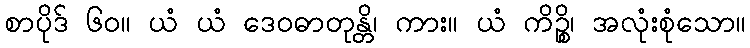
စာပိုဒ် ၆၀။ ယံ ယံ ဒေဝဓာတုန္တိ၊ ကား။ ယံ ကိဉ္စိ၊ အလုံးစုံသော။